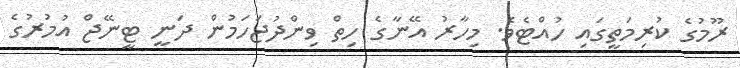
ރޫމުގެ ކުރިމަތީގައި ހުއްޓެވެ. މިހާރު އޭނާގެ ހިތް ވިންދުޖަހަމުން ދަނީ ޓީނޭޖް އުމުރުގެ